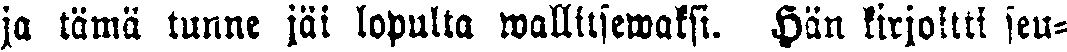
ja tämä tunne jäi lopulta wallitsewaksi. Hän kirjoitti seu-